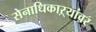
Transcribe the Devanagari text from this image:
सेनाधिकाऱ्यांवर